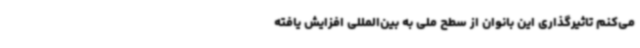
می‌کنم تاثیرگذاری این بانوان از سطح ملی به بین‌المللی افزایش یافته